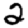
Digit: 2